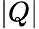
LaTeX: \left|Q\right|